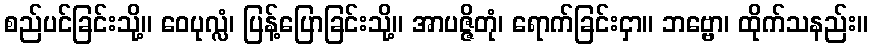
စည်ပင်ခြင်းသို့။ ဝေပုလ္လံ၊ ပြန့်ပြောခြင်းသို့။ အာပဇ္ဇိတုံ၊ ရောက်ခြင်းငှာ။ ဘဗ္ဗော၊ ထိုက်သနည်း။